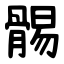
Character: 䯜